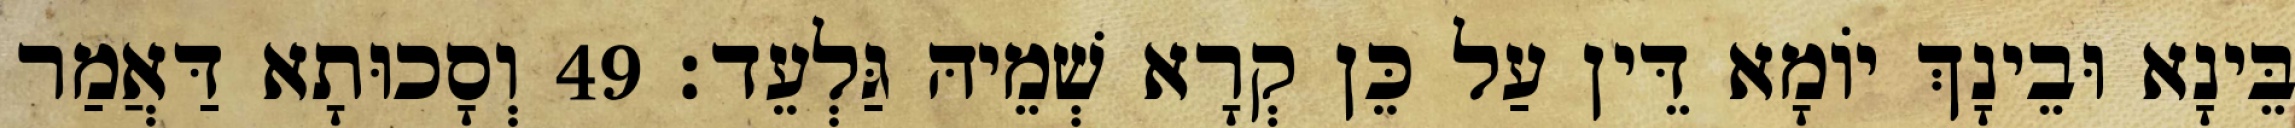
בֵּינָא וּבֵינָךְ יוֹמָא דֵּין עַל כֵּן קְרָא שְׁמֵיהּ גַּלְעֵד׃ 49 וְסָכוּתָא דַּאֲמַר